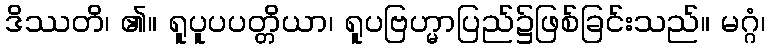
ဒိဿတိ၊ ၏။ ရူပူပပတ္တိယာ၊ ရူပဗြဟ္မာပြည်၌ဖြစ်ခြင်းသည်။ မဂ္ဂံ၊